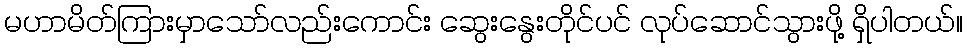
မဟာမိတ်ကြားမှာသော်လည်းကောင်း ဆွေးနွေးတိုင်ပင် လုပ်ဆောင်သွားဖို့ ရှိပါတယ်။